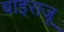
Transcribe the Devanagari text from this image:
बाइराजू